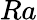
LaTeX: Ra